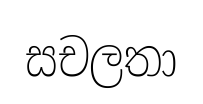
සචලතා